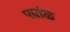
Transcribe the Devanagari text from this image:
पातंळ